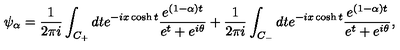
\psi _ { \alpha } = { \frac { 1 } { 2 \pi i } } \int _ { C _ { + } } d t e ^ { - i x \cosh t } { \frac { e ^ { ( 1 - \alpha ) t } } { e ^ { t } + e ^ { i \theta } } } + { \frac { 1 } { 2 \pi i } } \int _ { C _ { - } } d t e ^ { - i x \cosh t } { \frac { e ^ { ( 1 - \alpha ) t } } { e ^ { t } + e ^ { i \theta } } } ,